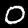
Digit: 0